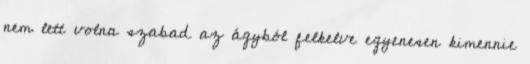
nem lett volna szabad az ágyból felkelve egyenesen kimennie